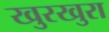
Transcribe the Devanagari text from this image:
खुरखुरा